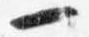
一